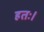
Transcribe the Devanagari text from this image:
हतः।